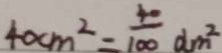
4 0 c m ^ { 2 } = \frac { 4 0 } { 1 0 0 } d m ^ { 2 }